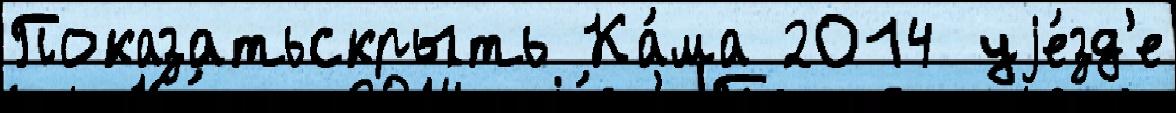
Показатьскрыть Ка́ма 2014 уjе́зд'е